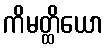
ကိမတ္ထိယော